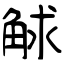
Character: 觩